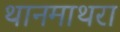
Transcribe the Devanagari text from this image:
थानमाथरा